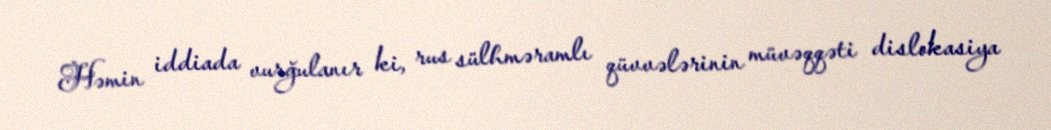
Həmin iddiada vurğulanır ki, rus sülhməramlı qüvvələrinin müvəqqəti dislokasiya